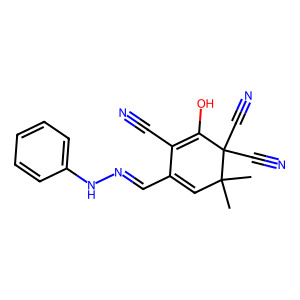
SMILES: CC1(C)C=C(C=NNc2ccccc2)C(C#N)=C(O)C1(C#N)C#N
Inhibits HIV replication: No